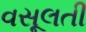
વસૂલતી